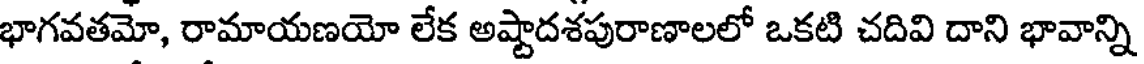
భాగవతమో, రామాయణయో లేక అష్టాదశపురాణాలలో ఒకటి చదివి దాని భావాన్ని